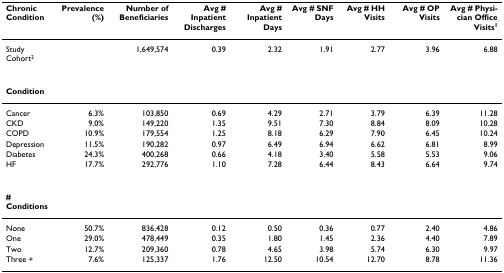
<table><thead><tr><td><b>Chronic Condition</b></td><td><b>Prevalence(%)</b></td><td><b>Number of Beneficiaries</b></td><td><b>Avg # Inpatient Discharges</b></td><td><b>Avg # Inpatient Days</b></td><td><b>Avg # SNF Days</b></td><td><b>Avg # HH Visits</b></td><td><b>Avg # OP Visits</b></td><td><b>Avg # Physician Office Visits<sup>1</sup></b></td></tr></thead><tbody><tr><td>Study Cohort<sup>2</sup></td><td></td><td>1,649,574</td><td>0.39</td><td>2.32</td><td>1.91</td><td>2.77</td><td>3.96</td><td>6.88</td></tr><tr><td><b>Condition</b></td><td></td><td></td><td></td><td></td><td></td><td></td><td></td><td></td></tr><tr><td>Cancer</td><td>6.3%</td><td>103,850</td><td>0.69</td><td>4.29</td><td>2.71</td><td>3.79</td><td>6.39</td><td>11.28</td></tr><tr><td>CKD</td><td>9.0%</td><td>149,220</td><td>1.35</td><td>9.51</td><td>7.30</td><td>8.84</td><td>8.09</td><td>10.28</td></tr><tr><td>COPD</td><td>10.9%</td><td>179,554</td><td>1.25</td><td>8.18</td><td>6.29</td><td>7.90</td><td>6.45</td><td>10.24</td></tr><tr><td>Depression</td><td>11.5%</td><td>190,282</td><td>0.97</td><td>6.49</td><td>6.94</td><td>6.62</td><td>6.81</td><td>8.99</td></tr><tr><td>Diabetes</td><td>24.3%</td><td>400,268</td><td>0.66</td><td>4.18</td><td>3.40</td><td>5.58</td><td>5.53</td><td>9.06</td></tr><tr><td>HF</td><td>17.7%</td><td>292,776</td><td>1.10</td><td>7.28</td><td>6.44</td><td>8.43</td><td>6.64</td><td>9.74</td></tr><tr><td><b># Conditions</b></td><td></td><td></td><td></td><td></td><td></td><td></td><td></td><td></td></tr><tr><td>None</td><td>50.7%</td><td>836,428</td><td>0.12</td><td>0.50</td><td>0.36</td><td>0.77</td><td>2.40</td><td>4.86</td></tr><tr><td>One</td><td>29.0%</td><td>478,449</td><td>0.35</td><td>1.80</td><td>1.45</td><td>2.36</td><td>4.40</td><td>7.89</td></tr><tr><td>Two</td><td>12.7%</td><td>209,360</td><td>0.78</td><td>4.65</td><td>3.98</td><td>5.74</td><td>6.30</td><td>9.97</td></tr><tr><td>Three +</td><td>7.6%</td><td>125,337</td><td>1.76</td><td>12.50</td><td>10.54</td><td>12.70</td><td>8.78</td><td>11.36</td></tr></tbody></table>